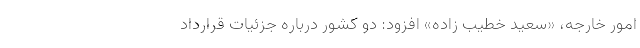
امور خارجه، «سعید خطیب زاده» افزود: دو کشور درباره جزئیات قرارداد